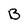
Character: B